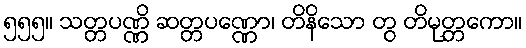
၅၅၅။ သတ္တပဏ္ဏိ ဆတ္တပဏ္ဏော၊ တိနိသော တွ တိမုတ္တကော။